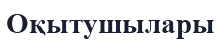
Оқытушылары